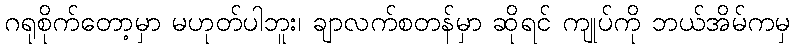
ဂရုစိုက်တော့မှာ မဟုတ်ပါဘူး၊ ချာလက်စတန်မှာ ဆိုရင် ကျုပ်ကို ဘယ်အိမ်ကမှ